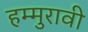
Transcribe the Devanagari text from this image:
हम्मुरावी